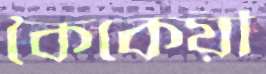
কৈকেয়ী